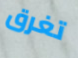
تغرق